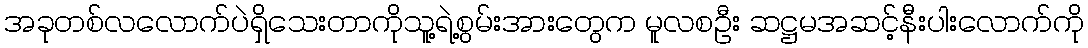
အခုတစ်လလောက်ပဲရှိသေးတာကိုသူ့ရဲ့စွမ်းအားတွေက မူလစဦး ဆဋ္ဌမအဆင့်နီးပါးလောက်ကို